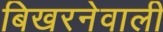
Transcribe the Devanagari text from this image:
बिखरनेवाली